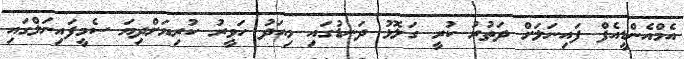
އެމްއެންޑީއެފް ފައިނަލަށް ދަތުރު ކުރީ ގަލޮޅު ދަނޑުގައި މިއަދު ހަވީރު ކުރިޔަށްދިޔަ ސެމީފައިނަލްގައި